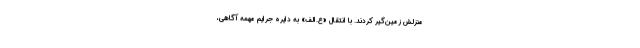
منزلش زمین‌گیر کردند. با انتقال «ع.الف» به دایره جرایم مهمه آگاهی،